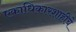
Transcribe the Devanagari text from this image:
एकाधिकारशाहीचे